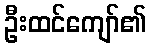
ဦးထင်ကျော်၏